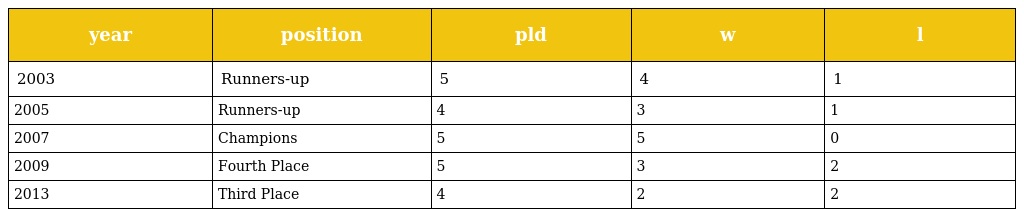
| year | position | pld | w | l |
 | --- | --- | --- | --- | --- |
 | 2003 | Runners-up | 5 | 4 | 1 |
 | 2005 | Runners-up | 4 | 3 | 1 |
 | 2007 | Champions | 5 | 5 | 0 |
 | 2009 | Fourth Place | 5 | 3 | 2 |
 | 2013 | Third Place | 4 | 2 | 2 |